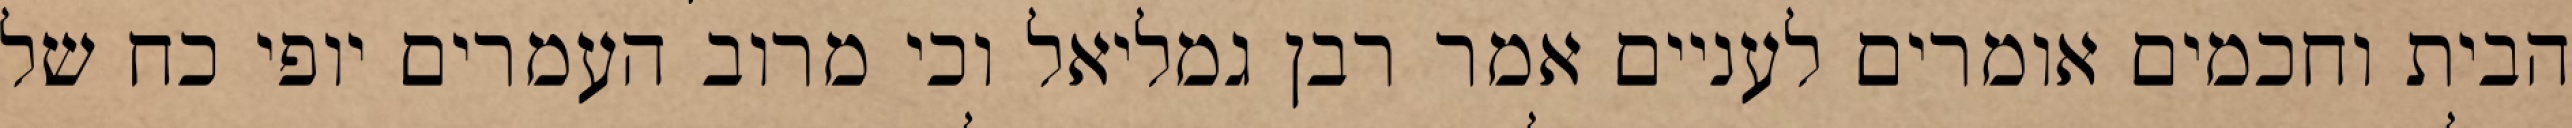
הבית וחכמים אומרים לעניים אמר רבן גמליאל וכי מרוב העמרים יופי כח של